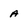
Character: A